Document type: Grant of rights
Year: 1326
Scribe: Bernat de Vilarúbia
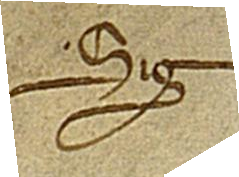
Sig